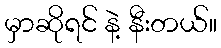
မှာဆိုရင် နဲ့ နီးတယ်။